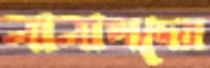
নানাপদের